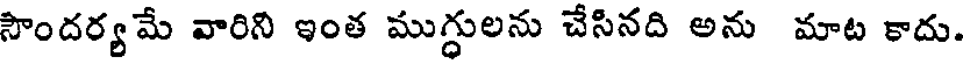
సౌందర్యమే వారిని ఇంత ముగ్ధులను చేసినది అను మాట కాదు.